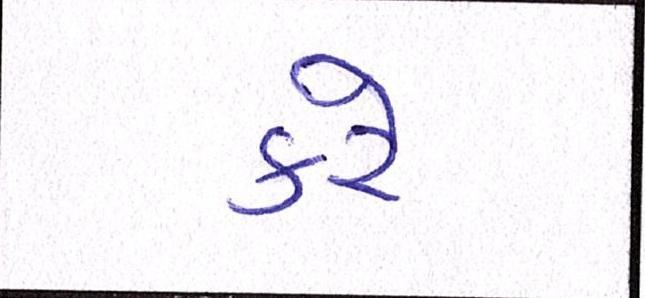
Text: કરેઃ